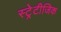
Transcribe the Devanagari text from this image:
स्ट्रेटीजिक